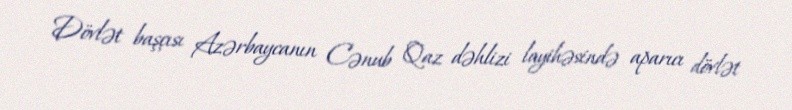
Dövlət başçısı Azərbaycanın Cənub Qaz dəhlizi layihəsində aparıcı dövlət